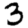
Digit: 3